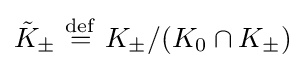
{\tilde {K}}_{\pm }\ {\stackrel {\mathrm {def} }{=}}\ K_{\pm }/(K_{0}\cap K_{\pm })